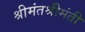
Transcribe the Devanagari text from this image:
श्रीमंतश्रीमंती